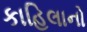
કાહિલાનો